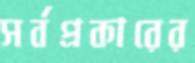
সর্বপ্রকারের